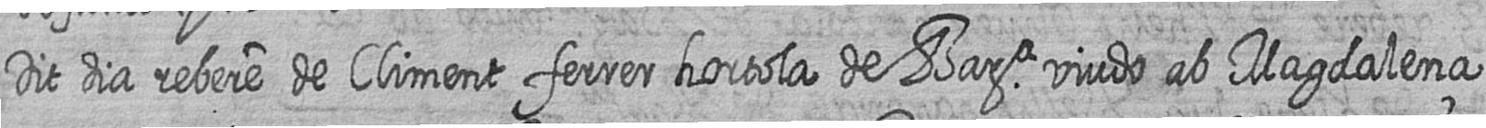
Dit dia rebere de Climent ferrer hortola de Bara viudo ab Magdalena